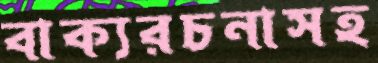
বাক্যরচনাসহ